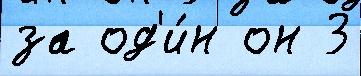
за од'и́н он 3